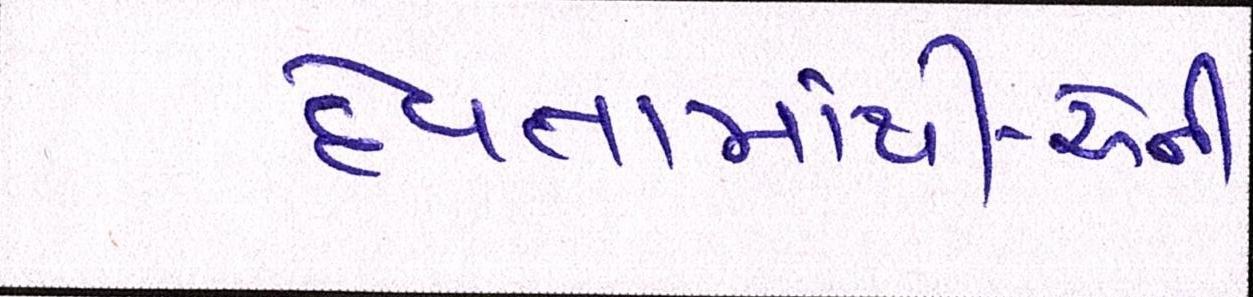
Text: દેવતામાંથી-એની